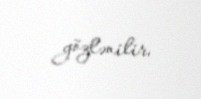
gözlənilir.